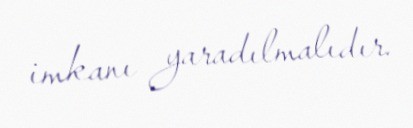
imkanı yaradılmalıdır.